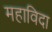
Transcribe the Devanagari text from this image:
महाविदा